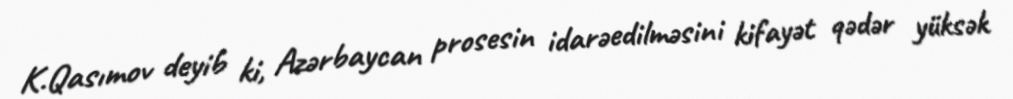
K.Qasımov deyib ki, Azərbaycan prosesin idarəedilməsini kifayət qədər yüksək